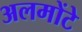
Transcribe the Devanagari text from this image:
अलमोंटे